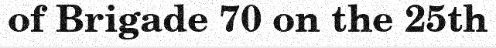
of Brigade 70 on the 25th